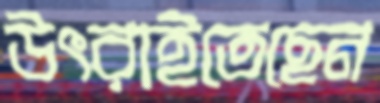
উৎরাইতেছেন